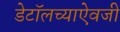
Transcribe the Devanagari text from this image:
डेटॉलच्याऐवजी